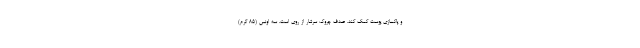
و پاکسازی پوست کمک کند. صدف چروک سرشار از روی است. سه اونس (85 گرم)